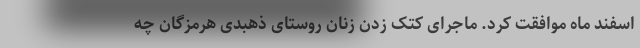
اسفند ماه موافقت کرد. ماجرای کتک زدن زنان روستای ذهبدی هرمزگان چه